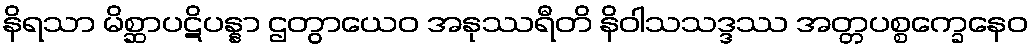
နိရသာ မိစ္ဆာပဋိပန္နာ ဌတွာယေဝ အနုဿရီတိ နိဝါသသဒ္ဒဿ အတ္တပစ္စက္ခေနေဝ